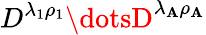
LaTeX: D^{\lambda_{1}\rho_{1}}\dotsD^{\lambda_{\mathbf{A}}\rho_{\mathbf{A}}}